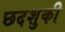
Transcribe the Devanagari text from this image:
छदशुकी